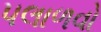
પલાળવો